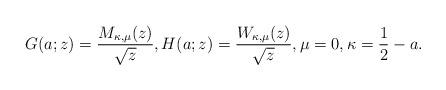
LaTeX: \begin{align*}G(a;z) = \frac{M_{\kappa,\mu}(z)}{\sqrt{z}}, H(a;z) = \frac{W_{\kappa,\mu}(z)}{\sqrt{z}}, \mu = 0, \kappa = \frac{1}{2}-a.\end{align*}